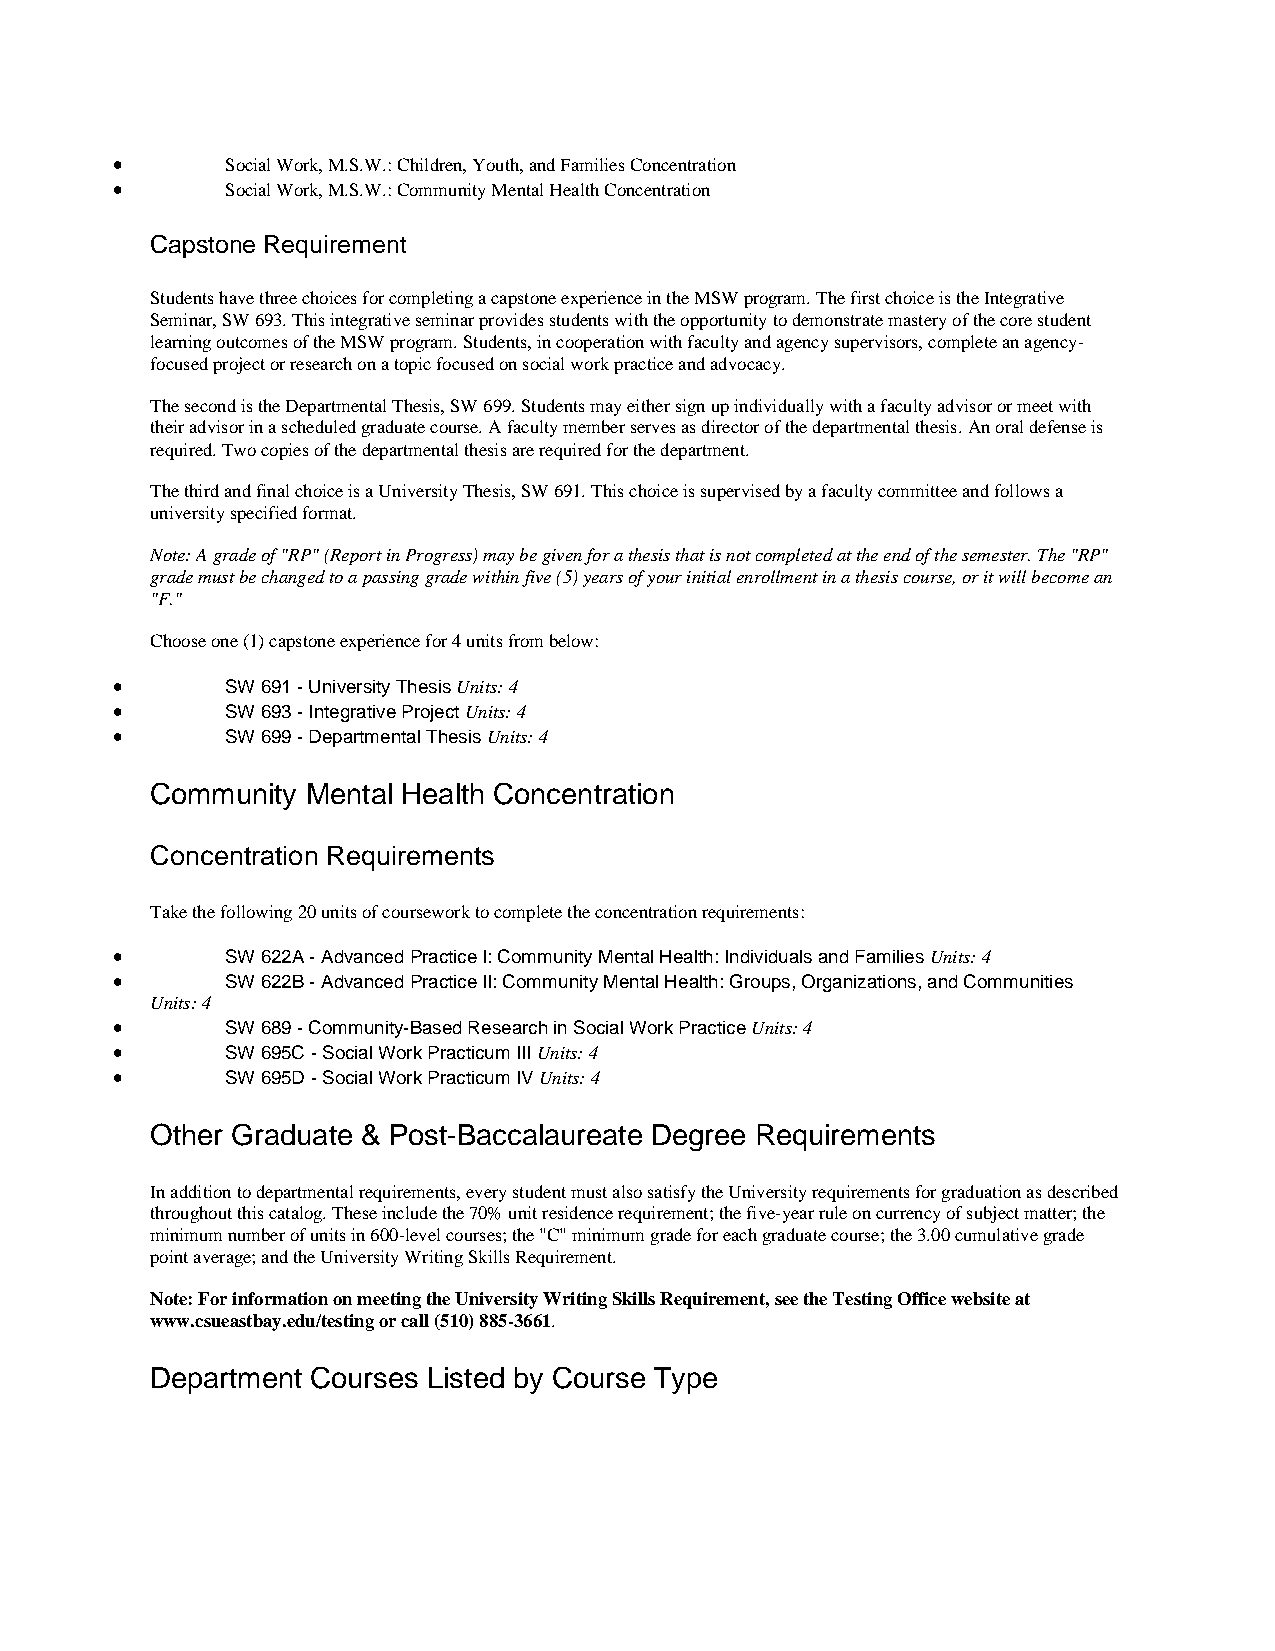
•       Social Work, M.S.W.: Children, Youth, and Families Concentration
 •       Social Work, M.S.W.: Community Mental Health Concentration
 Capstone Requirement
 Students have three choices for completing a capstone experience in the MSW program. The first choice is the Integrative
 Seminar, SW 693. This integrative seminar provides students with the opportunity to demonstrate mastery of the core student
 learning outcomes of the MSW program. Students, in cooperation with faculty and agency supervisors, complete an agency-
 focused project or research on a topic focused on social work practice and advocacy.
 The second is the Departmental Thesis, SW 699. Students may either sign up individually with a faculty advisor or meet with
 their advisor in a scheduled graduate course. A faculty member serves as director of the departmental thesis. An oral defense is
 required. Two copies of the departmental thesis are required for the department.
 The third and final choice is a University Thesis, SW 691. This choice is supervised by a faculty committee and follows a
 university specified format.
 Note: A grade of "RP" (Report in Progress) may be given for a thesis that is not completed at the end of the semester. The "RP"
 grade must be changed to a passing grade within five (5) years of your initial enrollment in a thesis course, or it will become an
 "F."
 Choose one (1) capstone experience for 4 units from below:
 •       SW 691 - University Thesis Units: 4
 •       SW 693 - Integrative Project Units: 4
 •       SW 699 - Departmental Thesis Units: 4
 Community Mental Health Concentration
 Concentration Requirements
 Take the following 20 units of coursework to complete the concentration requirements:
 •       SW 622A - Advanced Practice I: Community Mental Health: Individuals and Families Units: 4
 •       SW 622B - Advanced Practice II: Community Mental Health: Groups, Organizations, and Communities
 Units: 4
 •       SW 689 - Community-Based Research in Social Work Practice Units: 4
 •       SW 695C - Social Work Practicum III Units: 4
 •       SW 695D - Social Work Practicum IV Units: 4
 Other Graduate & Post-Baccalaureate Degree Requirements
 In addition to departmental requirements, every student must also satisfy the University requirements for graduation as described
 throughout this catalog. These include the 70% unit residence requirement; the five-year rule on currency of subject matter; the
 minimum number of units in 600-level courses; the "C" minimum grade for each graduate course; the 3.00 cumulative grade
 point average; and the University Writing Skills Requirement.
 Note: For information on meeting the University Writing Skills Requirement, see the Testing Office website at
 www.csueastbay.edu/testing or call (510) 885-3661.
 Department Courses Listed by Course Type